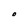
Character: 0